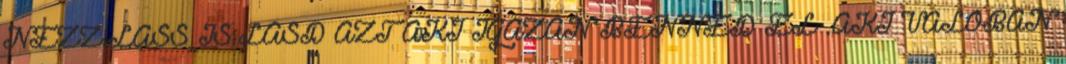
NÉZZ.LÁSS IS.LÁSD AZT AKI IGAZÁN BENNED ÉL .AKI VALÓBAN